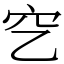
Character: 穵